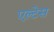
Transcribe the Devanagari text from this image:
एल्टेस